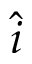
\hat { i }